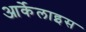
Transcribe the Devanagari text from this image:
आर्केलाइस